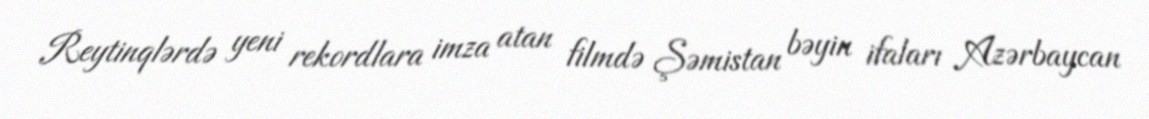
Reytinqlərdə yeni rekordlara imza atan filmdə Şəmistan bəyin ifaları Azərbaycan